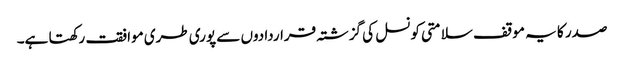
صدر کا یہ موقف سلامتی کونسل کی گزشتہ قراردادوں سے پوری طری موافقت رکھتا ہے۔